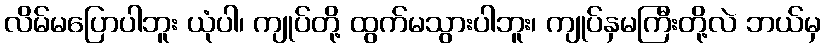
လိမ်မပြောပါဘူး ယုံပါ၊ ကျုပ်တို့ ထွက်မသွားပါဘူး၊ ကျုပ်နှမကြီးတို့လဲ ဘယ်မှ